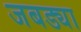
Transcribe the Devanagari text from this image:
जबड्या